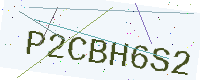
Text: P2CBH6S2